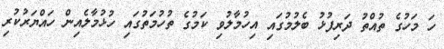
ހަ މަހުގެ ތުއްތު ދަރިފުޅު ބެލުމުގައި އިހުމާލުވި ކަމުގެ ތުހުމަތުގައި ހުޅުމާލެއިން ހައްޔަރުކުރި